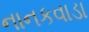
નાનકવાડા